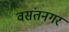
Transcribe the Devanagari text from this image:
वसंतनगर